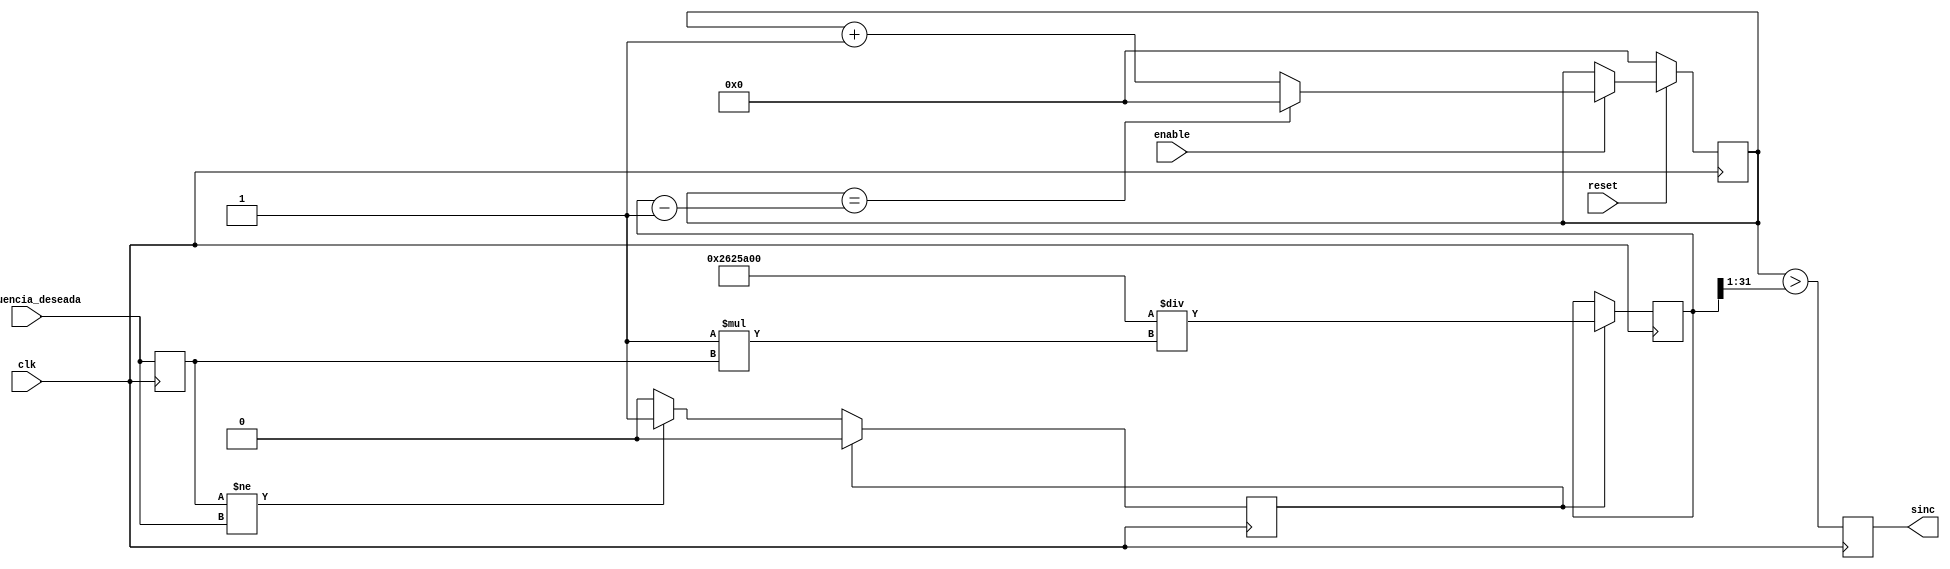

module timer(

	input 		 clk,
	input 		 reset,
	input 		 enable,
	input [31:0] frecuencia_deseada,

	output reg sinc 
);

parameter POINTS = 1;
parameter clk_period = 40000000;

reg [31:0] clock_count; initial clock_count = 0;
reg	actualizar_clock_count; initial actualizar_clock_count=0;

wire [31:0] half_clock_count; assign half_clock_count = clock_count >> 1;

reg [31:0] counter; initial counter <= 0;

reg [31:0] frec_reg; initial frec_reg <= 0;

initial sinc = 0;

always @ (posedge clk)
begin

	frec_reg <= frecuencia_deseada;	
	
	if(frec_reg != frecuencia_deseada)	
		actualizar_clock_count <= 1;
		
		
	if(actualizar_clock_count)	begin
		clock_count <= (clk_period)/(POINTS * frec_reg);	
		actualizar_clock_count <= 0; end

	if(!reset)
		counter <= 0;
	else if (enable)
		counter <= (counter==(clock_count-1))? 0: counter+1;
		
	sinc = (counter > half_clock_count);
	
end


endmodule